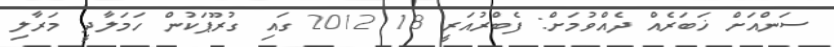
ސަންއަށް ޚަބަރެއް ދެއްވުމަށް: ފެބްރުއަރީ 18 2012 ގައި ގުރޫޕަކުން ހަމަލާދީ މަރާލި